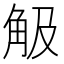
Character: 觙